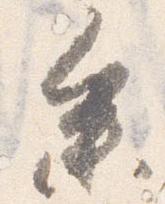
参